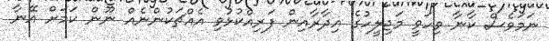
ނަމަވެސް ކާނާ ވިހަވީ މަޖިލީހުގެ އިދާރާއިން ފަރިއްކުޅުވި އެއްޗަކުންނެއް ނޫން ކަމަށް އޭނާ